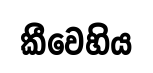
කීවෙහිය